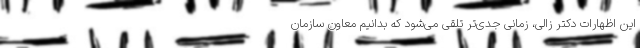
این اظهارات دکتر زالی، زمانی جدی‌تر تلقی می‌شود که بدانیم معاون سازمان